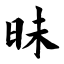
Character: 昧